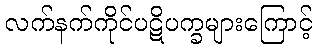
လက်နက်ကိုင်ပဋိပက္ခများကြောင့်